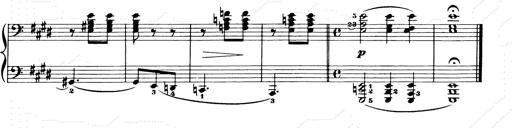
Title: Consolations and LiebestrÃ¤ume for the Piano
Composer: Franz Liszt